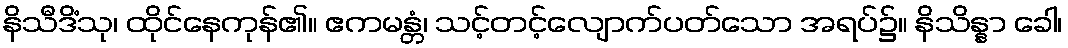
နိသီဒိံသု၊ ထိုင်နေကုန်၏။ ဧကမန္တံ၊ သင့်တင့်လျောက်ပတ်သော အရပ်၌။ နိသိန္နာ ခေါ၊